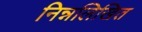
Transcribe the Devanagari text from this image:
निन्नलिखित